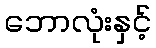
ဘောလုံးနှင့်